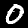
Label: 0